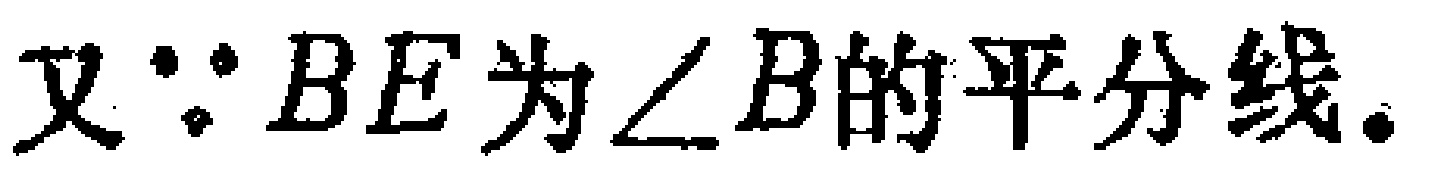
又\(\because BE\)为\(\angle B\)的平分线.